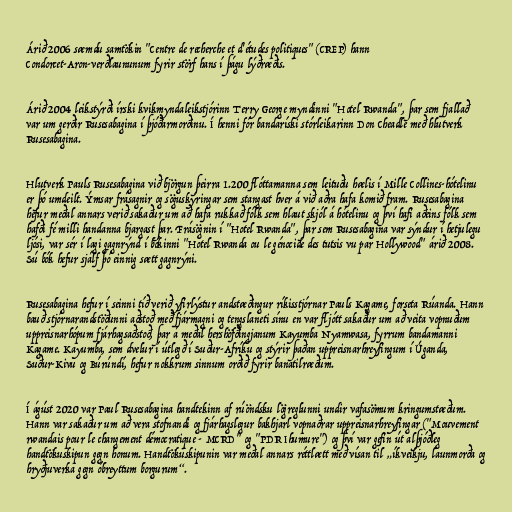
Árið 2006 sæmdu samtökin "Centre de recherche et d'études politiques" (CREP) hann
Condorcet-Aron-verðlaununum fyrir störf hans í þágu lýðræðis.

Árið 2004 leikstýrði írski kvikmyndaleikstjórinn Terry George myndinni "Hotel Rwanda", þar sem fjallað
var um gerðir Rusesabagina í þjóðarmorðinu. Í henni fór bandaríski stórleikarinn Don Cheadle með hlutverk
Rusesabagina.

Hlutverk Pauls Rusesabagina við björgun þeirra 1.200 flóttamanna sem leituðu hælis í Mille Collines-hótelinu
er þó umdeilt. Ýmsar frásagnir og söguskýringar sem stangast hver á við aðra hafa komið fram. Rusesabagina
hefur meðal annars verið sakaður um að hafa rukkað fólk sem hlaut skjól á hótelinu og því hafi aðeins fólk sem
hafði fé milli handanna bjargast þar. Frásögnin í "Hotel Rwanda", þar sem Rusesabagina var sýndur í hetjulegu
ljósi, var sér í lagi gagnrýnd í bókinni "Hotel Rwanda ou le génocide des tutsis vu par Hollywood" árið 2008.
Sú bók hefur sjálf þó einnig sætt gagnrýni.

Rusesabagina hefur í seinni tíð verið yfirlýstur andstæðingur ríkisstjórnar Pauls Kagame, forseta Rúanda. Hann
bauð stjórnarandstöðunni aðstoð með fjármagni og tengslaneti sínu en var fljótt sakaður um að veita vopnuðum
uppreisnarhópum fjárhagsaðstoð, þar á meðal hershöfðingjanum Kayumba Nyamwasa, fyrrum bandamanni
Kagame. Kayumba, sem dvelur í útlegð í Suður-Afríku og stýrir þaðan uppreisnarhreyfingum í Úganda,
Suður-Kivu og Búrúndí, hefur nokkrum sinnum orðið fyrir banatilræðum.

Í ágúst 2020 var Paul Rusesabagina handtekinn af rúöndsku lögreglunni undir vafasömum kringumstæðum.
Hann var sakaður um að vera stofnandi og fjárhagslegur bakhjarl vopnaðrar uppreisnarhreyfingar ("Mouvement
rwandais pour le changement démocratique - MCRD" og "PDR Ihumure") og því var gefin út alþjóðleg
handtökuskipun gegn honum. Handtökuskipunin var meðal annars réttlætt með vísan til „íkveikju, launmorða og
hryðjuverka gegn óbreyttum borgurum“.